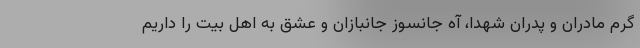
گرم مادران و پدران شهدا، آه جانسوز جانبازان و عشق به اهل بیت را داریم